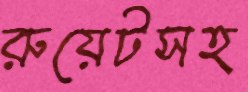
রুয়েটসহ